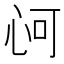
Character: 𢘟